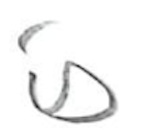
Text: is
Cross-out: clean
Writing tool: pencil